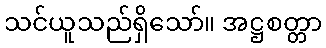
သင်ယူသည်ရှိသော်။ အဋ္ဌစတ္တာ